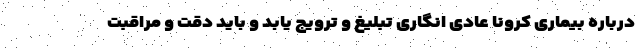
درباره بیماری کرونا عادی انگاری تبلیغ و ترویج یابد و باید دقت و مراقبت